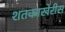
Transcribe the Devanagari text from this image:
शतकाखेरीस